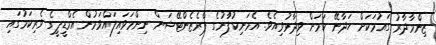
ޒިންމާދާރު ގައުމަކަށް ހަދާނޭ ކަމަށް ވިދާޅުވިއެވެ. އެމަނިކުފާުނުގެ ޕްރެޒެންޓޭޝަން ނިންމަވައިލައްވަމުން އެމްޑީޕީގެ ވެރިކަމުގައި